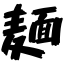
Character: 麺